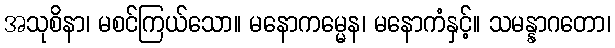
အသုစိနာ၊ မစင်ကြယ်သော။ မနောကမ္မေန၊ မနောကံနှင့်။ သမန္နာဂတော၊